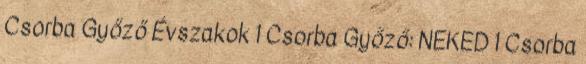
Csorba Győző Évszakok 1 Csorba Győző: NEKED 1 Csorba